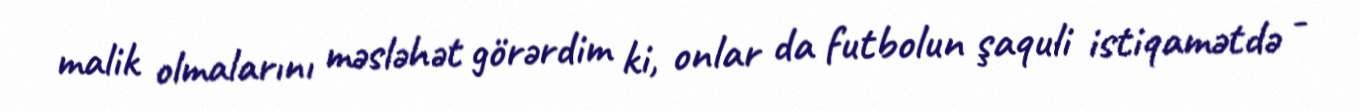
malik olmalarını məsləhət görərdim ki, onlar da futbolun şaquli istiqamətdə -